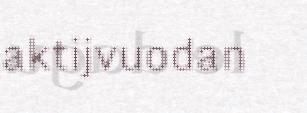
aktijvuodan